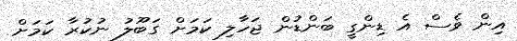
އިން ވެސް އެ ޑިންގީ ބަންޑުން ޖަހާލި ކަމަށް ގަބޫލު ނުކުރާ ކަމަށް